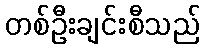
တစ်ဦးချင်းစီသည်